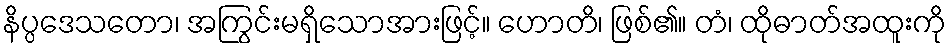
နိပ္ပဒေသတော၊ အကြွင်းမရှိသောအားဖြင့်။ ဟောတိ၊ ဖြစ်၏။ တံ၊ ထိုဓာတ်အထူးကို